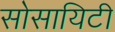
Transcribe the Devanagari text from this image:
सोसायिटी